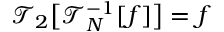
\mathcal { T } _ { 2 } \big [ \mathcal { T } _ { N } ^ { - 1 } [ f ] \big ] = f